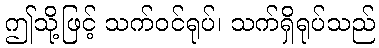
ဤသို့ဖြင့် သက်ဝင်ရုပ်၊ သက်ရှိရုပ်သည်